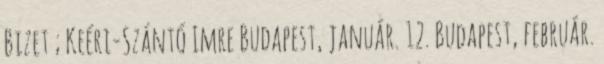
Bizet ; Keéri-Szántó Imre Budapest, január. 12. Budapest, február.